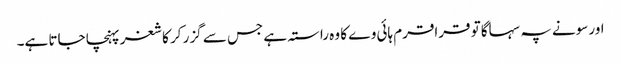
اور سونے پہ سہاگا تو قراقرم ہائی وے کا وہ راستہ ہے جس سے گزر کر کاشغر پہنچا جاتا ہے۔